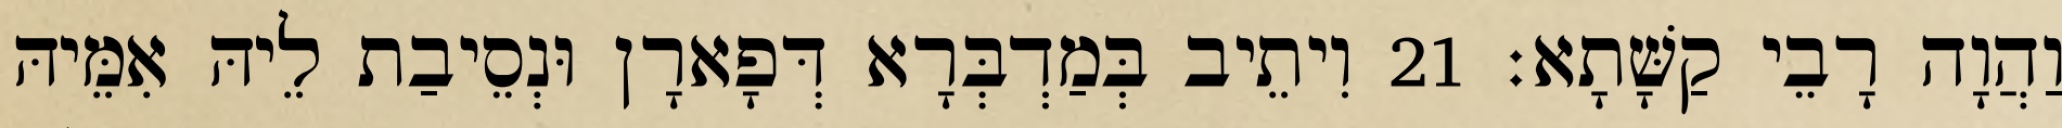
וַהֲוָה רָבֵי קַשָּׁתָא׃ 21 וִיתֵיב בְּמַדְבְּרָא דְּפָארָן וּנְסֵיבַת לֵיהּ אִמֵּיהּ